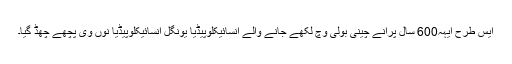
ایس طرح ایہہ600 سال پرانے چینی بولی وچ لکھے جانے والے انسائیکلوپیڈیا یونگل انسائیکلوپيڈیا نوں وی پچھے چھڈ گیا۔